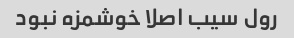
رول سیب اصلا خوشمزه نبود